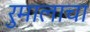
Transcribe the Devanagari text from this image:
रुमालाचा